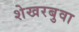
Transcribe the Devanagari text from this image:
शेखरबुवा